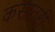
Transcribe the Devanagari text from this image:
कसातरी